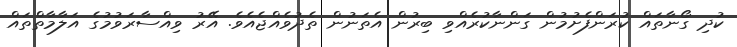
ކުދި ގޯނާތައް ކުރަންފެށުމުން ގަންނާކުރެއްވި ބިރުން އެތަނުން ތެދުވެއްޖެއެވެ. އޭރު ވިއްސާރަވުމުގެ އަލާމާތްތައް